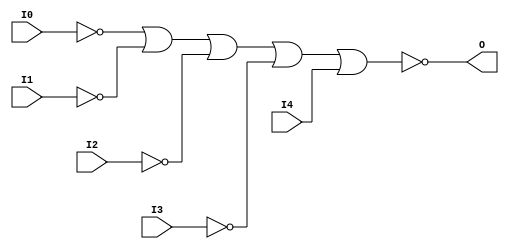
// $Header: /devl/xcs/repo/env/Databases/CAEInterfaces/verunilibs/data/unisims/NOR5B4.v,v 1.6 2007/05/23 21:43:40 patrickp Exp $
///////////////////////////////////////////////////////////////////////////////
// Copyright (c) 1995/2004 Xilinx, Inc.
// All Right Reserved.
///////////////////////////////////////////////////////////////////////////////
//   ____  ____
//  /   /\/   /
// /___/  \  /    Vendor : Xilinx
// \   \   \/     Version : 10.1
//  \   \         Description : Xilinx Functional Simulation Library Component
//  /   /                  5-input NOR Gate
// /___/   /\     Filename : NOR5B4.v
// \   \  /  \    Timestamp : Thu Mar 25 16:42:59 PST 2004
//  \___\/\___\
//
// Revision:
//    03/23/04 - Initial version.
//    05/23/07 - Changed timescale to 1 ps / 1 ps.
//    05/23/07 - Added wire declaration for internal signals.

`timescale  1 ps / 1 ps


module NOR5B4 (O, I0, I1, I2, I3, I4);

    output O;

    input  I0, I1, I2, I3, I4;

    wire i0_inv;
    wire i1_inv;
    wire i2_inv;
    wire i3_inv;

    not N3 (i3_inv, I3);
    not N2 (i2_inv, I2);
    not N1 (i1_inv, I1);
    not N0 (i0_inv, I0);
    nor O1 (O, i0_inv, i1_inv, i2_inv, i3_inv, I4);


endmodule